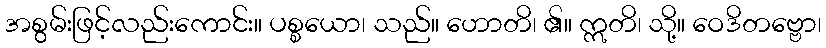
အစွမ်းဖြင့်လည်းကောင်း။ ပစ္စယော၊ သည်။ ဟောတိ၊ ၏။ ဣတိ၊ သို့။ ဝေဒိတဗ္ဗော၊